Report on vaccination in Madras 1922-1929 - 1922-1929
Year: 1922
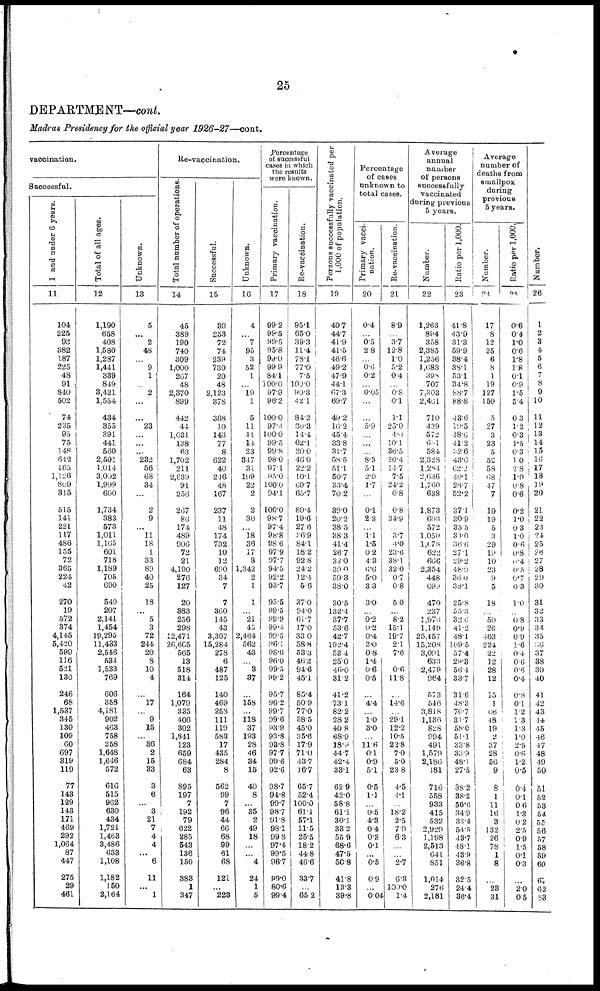
25
DEPARTMENT—cont.
Madras Presidency for the official year
1926-27—cont.
vaccination.
Successful.
1 and under 6 years.
11
104
225
93
382
187
225
48
91
840
502
74
235
95
75
148
642
165
1,126
809
315
515
141
221
117
486
155
72
365
224
42
270
19
572
374
4,145
5,420
599
116
521
130
246
68
1,537
345
130
109
60
697
319
119
77
143
129
143
171
469
292
1,064
87
447
275
29
461
Total of all ages.
12
1,190
658
408
1,580
1,287
1,441
339
849
3,421
1,554
434
355
391
441
560
2,501
1,014
3,092
1,999
690
1,734
383
573
1,011
1,165
601
718
1,189
705
690
549
207
2,141
1,454
19,295
11,433
2,546
534
1,533
769
606
358
4,181
902
463
758
258
1,648
1,646
572
616
515
962
630
434
1,721
1,463
3,486
633
1,108
1,182
150
2,164
Unknown.
13
5
...
2
48
...
9
1
...
2
...
...
23
...
...
...
232
56
68
34
...
2
9
...
11
18
1
33
89
40
25
18
...
5
3
72
244
20
8
10
4
...
l7
...
9
15
...
36
2
15
33
3
6
...
3
21
7
4
4
...
6
11
...
1
Re-vaccination.
Total number of operations.
14
45
389
190
740
309
1,000
267
48
2,370
899
442
44
1,031
138
63
1,702
211
2,639
91
256
267
86
174
489
906
72
21
4,190
276
127
20
383
256
298
12,471
26,665
565
13
518
314
164
1,079
335
406
302
1,841
123
659
684
63
895
197
7
192
79
622
285
543
136
150
383
1
347
Successful.
15
39
253
72
74
239
730
20
48
2,123
378
368
10
143
77
8
622
40
216
48
167
237
11
48
174
732
10
12
690
34
7
7
360
145
43
3,307
15,284
278
6
487
125
140
469
258
111
119
583
17
435
284
8
562
99
7
96
44
66
68
99
61
68
121
...
223
Unknown.
16
4
...
7
95
3
52
1
...
19
1
5
11
41
14
23
847
31
199
22
2
2
30
...
18
36
17
8
1,342
2
1
1
...
21
45
2,464
562
43
...
3
37
...
158
...
118
37
193
28
46
34
15
40
8
...
35
2
49
18
...
...
4
24
1
5
percentage
of successful
cases in which
the results
were known.
Primary vaccination.
17
99.2
99.5
99.5
95.8
99.0
99.9
84.1
100.0
97.9
96.2
100.0
97.3
100.0
99.0
99.8
98.0
97.1
95.0
100.0
94.1
100.0
98.7
97.4
98.8
98.6
97.9
97.7
94.5
92.2
93.7
95.5
99.5
99.9
99.4
99.5
96.1
98.6
96.0
99.5
99.2
95.7
96.2
99.7
99.6
93.9
93.8
93.8
97.7
99.6
92.6
98.7
94.8
99.7
98.7
91.8
98.1
99.8
97.4
99.5
96.7
99.0
80.6
99.4
Re-vaccination.
18
95.1
65.0
39.3
11.4
78.1
77.0
7.5
100.0
90.3
42.1
84.2
30.3
14.4
62.1
20.0
46.0
22.2
10.1
69.7
65.7
89.4
19.6
27.6
26.9
84.1
18.2
92.8
24.2
12.4
5.6
37.0
94.0
61.7
17.0
33.0
588
53.3
46.2
94.6
45.1
85.4
50.9
77.0
38.5
45.0
35.6
17.9
71.0
43.7
16.7
65.7
52.4
100.0
611
57.1
11.5
25.5
18.2
44.8
46.6
33.7
...
65.2
Persons successfully vaccinated per
1,000 of population.
19
40.7
44.7
41.9
41.5
46.6
49.2
47.9
44.1
67.3
69.7
49.2
16.2
45.4
33.8
31.7
58.5
51.1
50.7
33.4
70.2
39.0
20.2
38.5
38.3
41.4
26.7
32.0
39.0
59.3
38.0
30.5
132.4
37.7
53.6
42.7
192.4
52.4
25.0
46.0
31.2
41.2
73.1
82.2
28.2
40.8
68.9
18.9
44.7
42.4
33.1
62.9
42.0
58.8
61.1
30.1
33.2
55.9
68.6
47.5
50.8
41.8
13.3
39.8
Percentage
of cases
unknown to
total cases.
Primary vacci-
nation.
20
0.4
...
0.5
2.8
...
0.6 0.2
...
0.05
...
...
5.9
...
...
...
8.3
5.1
2.0
1.7
...
0.1
2.3
...
1.1
1.5
0.2
4.3
6.6
5.0
3.3
3.0
...
0.2
0.2
0.4
2.0
0.8
1.4
0.6
0.5
...
4.4
...
1.0
3.0
...
11.6
0.1
0.9
5.1
0.5
1.1
...
0.5
4.3
0.4
0.3
0.1
...
0.5
0.9
...
0.04
Re-vaccination.
21
8.9
...
3.7
12.8
1.0
5.2
0.4
...
0. 8
0.1
1.1
25.0
4.0
10.1
36.5
20.4
14.7
7.5
24.2
0.8
0.8
34.9
...
3.7
4.0
23.6
38.1
32.0
0.7
0.8
5.0
...
8.2
15.1
19.7
2.1
7.6
...
0.6
11.8
...
14.6
...
29.1
12.2
10.5
22.8
7.0
5.0
23.8
4.5
4.1
...
18.2
2.5
7.9
6.3
...
...
2.7
6.3
100.0
1.4
Average
annual
number
of persons
successfully
vaccinated
during previous
5 years.
Number.
22
1,263
894
358
2,385
1,256
1,683
398
707
7,303
2,461
710
439
572
641
584
2,328
1,284
2,636
1,760
638
1,873
603
572
1,050
1,678
622
666
2,354
448
699
470
237
1,976
1,149
25,457
15,208
3,091
633
2,479
964
573
546
3,818
1,136
828
994
491
1,579
2,180
181
716
558
933
415
532
2,929
1.198
2,513
641
851
1,014
276
2,181
Ratio per 1,000.
23
41.8
43.9
31.3
59.9
38.4
38.1
53.1
34.8
88.7
88.8
43.6
19.5
48.6
41.2
32.6
43.6
62.2
40.1
28.7
52.2
37.1
30.9
35.5
34.0
36.5
27.1
29.2
48.9
36.0
38.1
25.8
55.3
32.6
41.2
48.1
109.5
57.4
29.3
56.4
33.7
31.6
48.3
70.7
31.7
58.0
51.1
33.8
33.9
48.1
27.5
38.2
38.2
56.6
34.9
33.4
54.5
43.7
48.1
43.9
36.8
32.5
24.4
36.4
Average
number of
deaths from
smallpox
during
previous
5 years.
Number.
24
17
8
12
25
6
8
1
19
127
150
5
27
3
23
5
52
58
68
47
7
10
19
5
3
29
19
10
23
9
5
18
...
50
26
463
224
22
12
28
12
15
1
66
48
19
2
37
28
56
9
8
1
11
16
3
132
26
78
1
8
...
23
31
Ratio per 1,000.
25
0.6
0.4
1.0
0.6
1.8
1.8
0.1
0.9
1.5
5.4
0.3
1.2
0.3
1.5
0.3
1.0
2.8
1.0
0.8
0.6
0.2
1.0
0.3
1.0
0.6
0.8
0.4
0.5
0.7
0.3
1.0
...
0.8
0.9
0.9
1.6
0.4
0.6
0.6
0.4
0.8
0.1
1.2
1.3
1.3
1.0
2.5
0.6
1.2
0.5
0.4
0.1
0.6
1.3
0.2
2.5
0.9
1.5
0.1
0.3
...
2.0
0.5
Number.
26
1
2
3
4
5
6
7
8
9
10
11
12
13
14
15
16
17
18
19
20
21
22
23
24
25
26
27
28
29
30
31
32
33
34
35
36
37
38
39
40
41
42
43
44
45
46
47
48
49
50
51
52
53
54
55
56
57
58
59
60
65
62
63